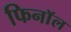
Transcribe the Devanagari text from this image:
फिनाॅल